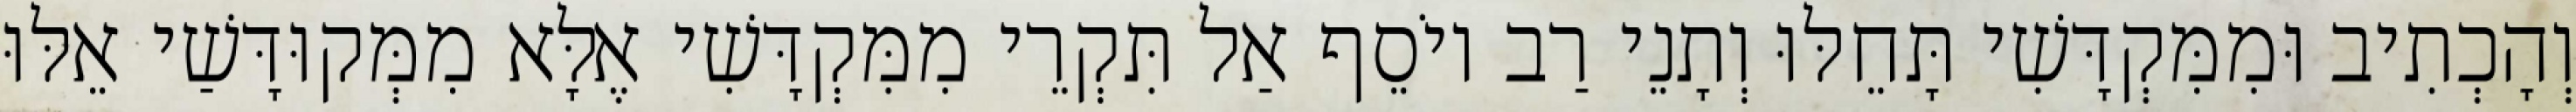
וְהָכְתִיב וּמִמִּקְדָּשִׁי תָּחֵלּוּ וְתָנֵי רַב יוֹסֵף אַל תִּקְרֵי מִמִּקְדָּשִׁי אֶלָּא מִמְּקוּדָּשַׁי אֵלּוּ